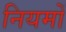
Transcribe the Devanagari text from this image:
नियमोँ